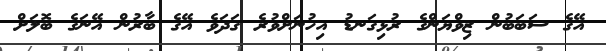
އޭގެ ސަބަބުން ޒިވްޔަންގެ ރުޅިގަނޑު އިހުނަށްވުރެ ގަދަވެ އޭގެ ބާރުން އޭނަގެ ބޮލަށް